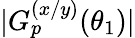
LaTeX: \vert G_{p}^{(x/y)}(\theta_{1})\vert